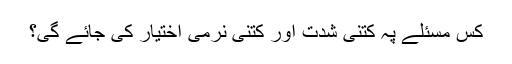
کس مسئلے پہ کتنی شدت اور کتنی نرمی اختیار کی جائے گی؟